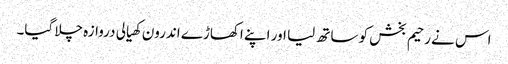
اس نے رحیم بخش کو ساتھ لیا اور اپنے اکھاڑے اندرون کھیالی دروازہ چلا گیا۔